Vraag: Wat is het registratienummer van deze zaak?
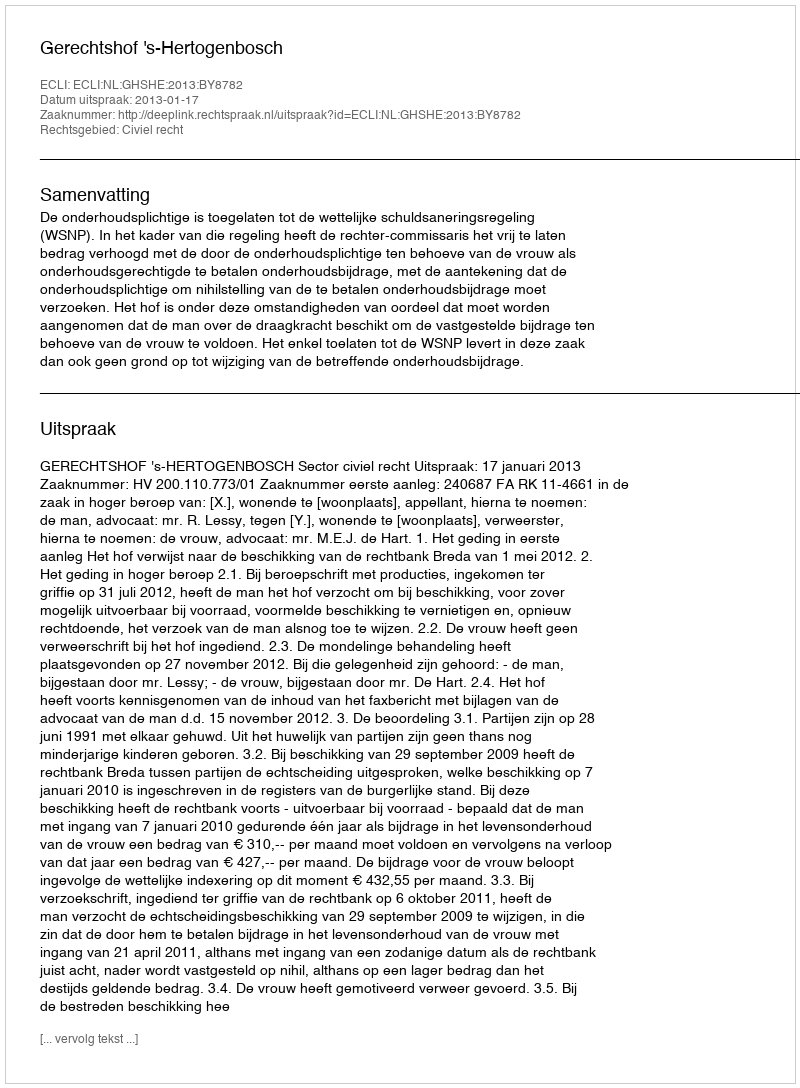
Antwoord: http://deeplink.rechtspraak.nl/uitspraak?id=ECLI:NL:GHSHE:2013:BY8782